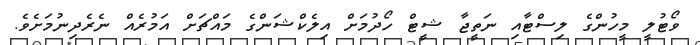
ވޯޓުލީ މީހުންގެ ލިސްޓާއި ނަތީޖާ ޝީޓް ހޯދުމަށް އިލެކްޝަންގެ މައްޗަށް އަމުރެއް ނެރެދިނުމަށެވެ.